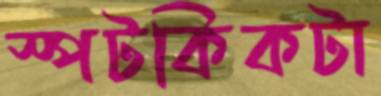
স্পটকিকটা